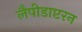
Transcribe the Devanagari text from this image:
लैपीडाप्टरन